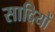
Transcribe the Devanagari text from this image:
सादियों